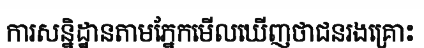
ការសន្និដ្ឋានតាមភ្នែកមើលឃើញថាជនរងគ្រោះ